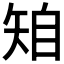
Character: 𥏆